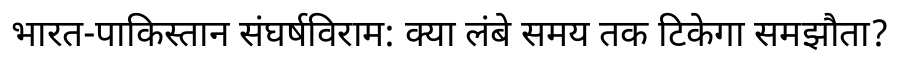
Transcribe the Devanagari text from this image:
भारत-पाकिस्तान संघर्षविराम: क्या लंबे समय तक टिकेगा समझौता?